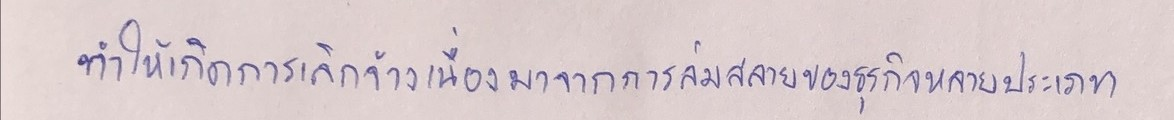
ทำให้เกิดการเลิกจ้างเนื่องมาจากการล่มสลายของธุรกิจหลายประเภท